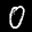
Label: 0